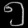
Digit: ၅